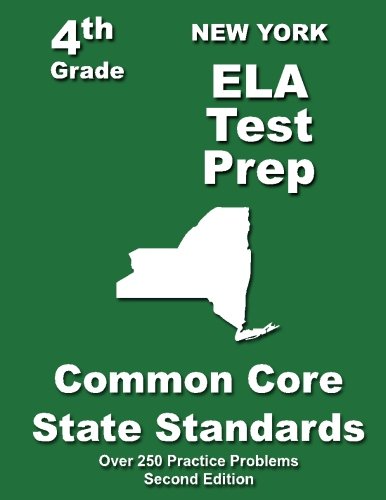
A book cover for New York 4th Grade ELA Test Prep: Common Core Learning Standards; Teachers' Treasures; Education & Teaching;